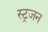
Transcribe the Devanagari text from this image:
स्ट्रजन